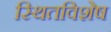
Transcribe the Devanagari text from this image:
स्थितविशेष